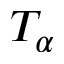
T _ { \alpha }